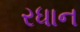
રધાન